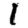
Digit: 1